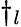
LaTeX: \dagger_{l}